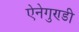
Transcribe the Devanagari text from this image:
ऐनेगुण्डी